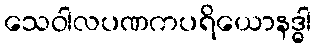
သေဝါလပဏကပရိယောနဒ္ဓါ